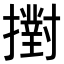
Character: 𢷮